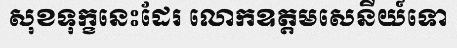
សុខទុក្ខនេះដែរ លោកឧត្តមសេនីយ៍ទោ